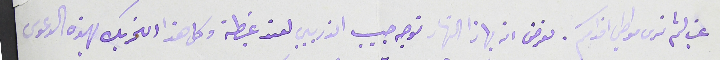
غب لثم نرى مواطي اقدمكم. نعرض انه بهاذا النهار توجه حبيب الذريبي لعند غبطته وكل هذا التحريك بهذه الدعوى